Indian journal of veterinary science and animal husbandry - Volumes 15-17, 1948-1951
Year: 1948
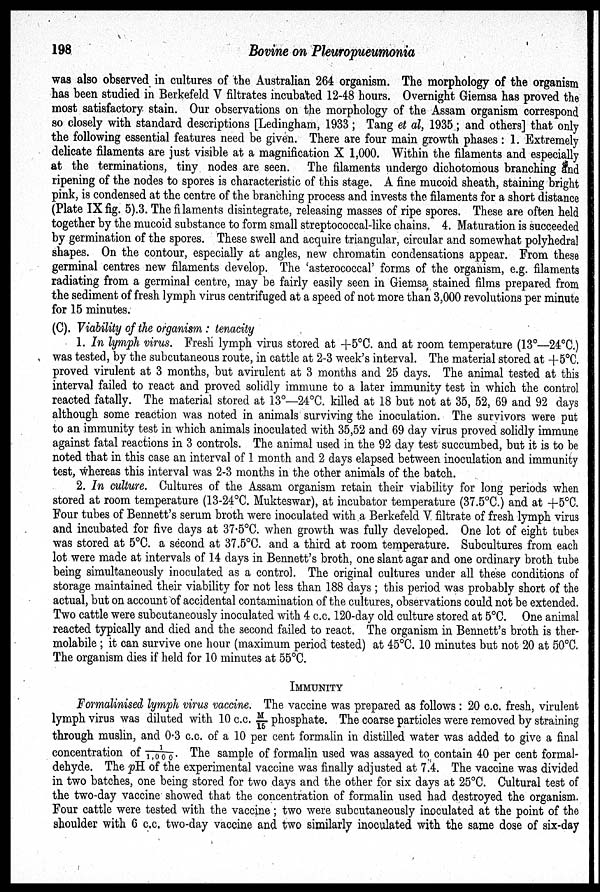
198
Bovine on Pleuropueumonia
was also observed in cultures of the Australian 264 organism. The morphology of the organism
has been studied in Berkefeld V filtrates incubated 12-48 hours. Overnight Giemsa has proved the
most satisfactory stain. Our observations on the morphology of the Assam organism correspond
so closely with standard descriptions [Ledingham, 1933; Tang et al, 1935; and others] that only
the following essential features need be given. There are four main growth phases : 1. Extremely
delicate filaments are just visible at a magnification X 1,000. Within the filaments and especially
at the terminations, tiny nodes are seen. The filaments undergo dichotomous branching and
ripening of the nodes to spores is characteristic of this stage. A fine mucoid sheath, staining bright
pink, is condensed at the centre of the branching process and invests the filaments for a short distance
(Plate IX fig. 5).3. The filaments disintegrate, releasing masses of ripe spores. These are often held
together by the mucoid substance to form small streptococcal-like chains. 4. Maturation is succeeded
by germination of the spores. These swell and acquire triangular, circular and somewhat polyhedral
shapes. On the contour, especially at angles, new chromatin condensations appear. From these
germinal centres new filaments develop. The 'asterococcal' forms of the organism, e.g. filaments
radiating from a germinal centre, may be fairly easily seen in Giemsa. stained films prepared from
the sediment of fresh lymph virus centrifuged at a speed of not more than 3,000 revolutions per minute
for 15 minutes.
(C). Viability of the organism: tenacity
1. In lymph virus. Fresh lymph virus stored at +5°C. and at room temperature (13º—24ºC.)
was tested, by the subcutaneous route, in cattle at 2-3 week's interval. The material stored at +5°C.
proved virulent at 3 months, but avirulent at 3 months and 25 days. The animal tested at this
interval failed to react and proved solidly immune to a later immunity test in which the control
reacted fatally. The material stored at 13°—24°C. killed at 18 but not at 35, 52, 69 and 92 days
although some reaction was noted in animals surviving the inoculation. The survivors were put
to an immunity test in which animals inoculated with 35,52 and 69 day virus proved solidly immune
against fatal reactions in 3 controls. The animal used in the 92 day test succumbed, but it is to be
noted that in this case an interval of 1 month and 2 days elapsed between inoculation and immunity
test, whereas this interval was 2-3 months in the other animals of the batch.
2. In culture. Cultures of the Assam organism retain their viability for long periods when
stored at room temperature (13-24°C. Mukteswar), at incubator temperature (37.5°C.) and at +5°C.
Four tubes of Bennett's serum broth were inoculated with a Berkefeld V filtrate of fresh lymph virus
and incubated for five days at 37.5°C. when growth was fully developed. One lot of eight tubes
was stored at 5°C. a second at 37.5°C. and a third at room temperature. Subcultures from each
lot were made at intervals of 14 days in Bennett's broth, one slant agar and one ordinary broth tube
being simultaneously inoculated as a control. The original cultures under all these conditions of
storage maintained their viability for not less than 188 days; this period was probably short of the
actual, but on account of accidental contamination of the cultures, observations could not be extended.
Two cattle were subcutaneously inoculated with 4 c.c. 120-day old culture stored at 5ºC. One animal
reacted typically and died and the second failed to react. The organism in Bennett's broth is ther-
molabile; it can survive one hour (maximum period tested) at 45°C. 10 minutes but not 20 at 50°C.
The organism dies if held for 10 minutes at 55°C.
IMMUNITY
Formalinised lymph virus vaccine. The vaccine was prepared as follows : 20 c.c. fresh, virulent
lymph virus was diluted with 10 c.c. M/15 phosphate. The coarse particles were removed by straining
through muslin, and 0.3 c.c. of a 10 per cent formalin in distilled water was added to give a final
concentration of 1/1,000. The sample of formalin used was assayed to contain 40 per cent formal-
dehyde. The pH of the experimental vaccine was finally adjusted at 7.4. The vaccine was divided
in two batches, one being stored for two days and the other for six days at 25°C. Cultural test of
the two-day vaccine showed that the concentration of formalin used had destroyed the organism.
Four cattle were tested with the vaccine; two were subcutaneously inoculated at the point of the
shoulder with 6 c.c. two-day vaccine and two similarly inoculated with the same dose of six-day